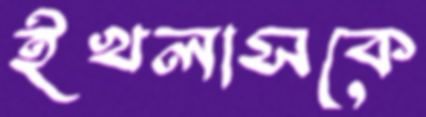
ইখলাসকে